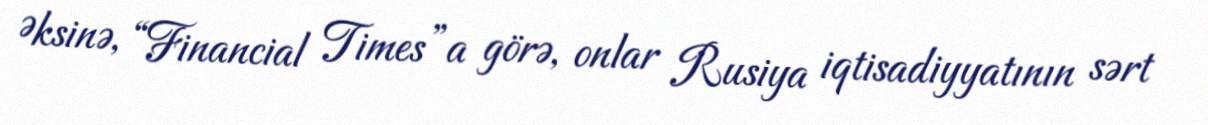
Əksinə, “Financial Times”a görə, onlar Rusiya iqtisadiyyatının sərt